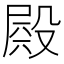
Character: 𣪫